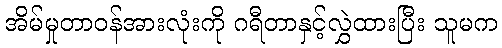
အိမ်မှုတာဝန်အားလုံးကို ဂရီတာနှင့်လွှဲထားပြီး သူမက